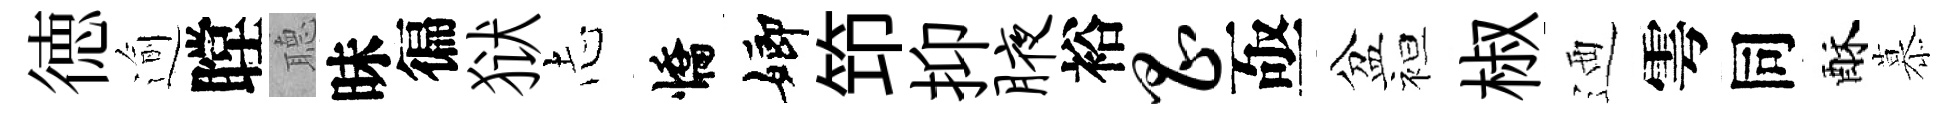
徳逾瞠𦗟昧徧狱𢖽憍嫏笻抑腋裕昌亟盆袒椒迺雩同酥慕